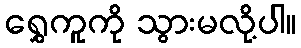
ရွှေကူကို သွားမလို့ပါ။